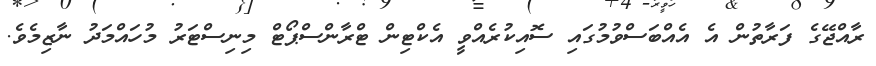
ރާއްޖޭގެ ފަރާތުން އެ އެއްބަސްވުމުގައި ސޮއިކުރެއްވީ އެކްޓިން ޓްރާންސްޕޯޓް މިނިސްޓަރު މުހައްމަދު ނާޒިމެވެ.